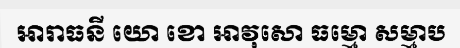
អារាធនី យោ ខោ អាវុសោ ធម្មោ សម្មាប